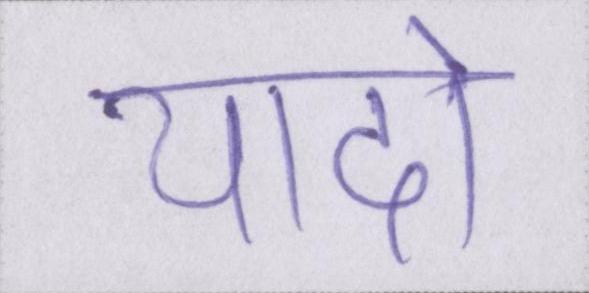
यादो